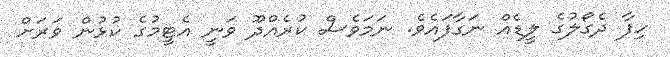
ހިފާ ދެގޯލުގެ ލީޑެއް ނަގާފައެވެ. ނަމަވެސް ކުރެއްދޫ ވަނީ އެޓީމުގެ ކުޅުން ވަރަށް